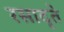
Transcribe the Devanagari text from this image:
रसादृते